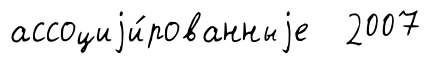
ассоциjи́рованныjе 2007